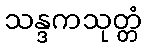
သန္ဒကသုတ္တံ